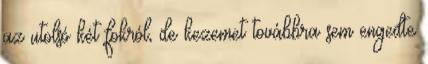
az utolsó két fokról, de kezemet továbbra sem engedte